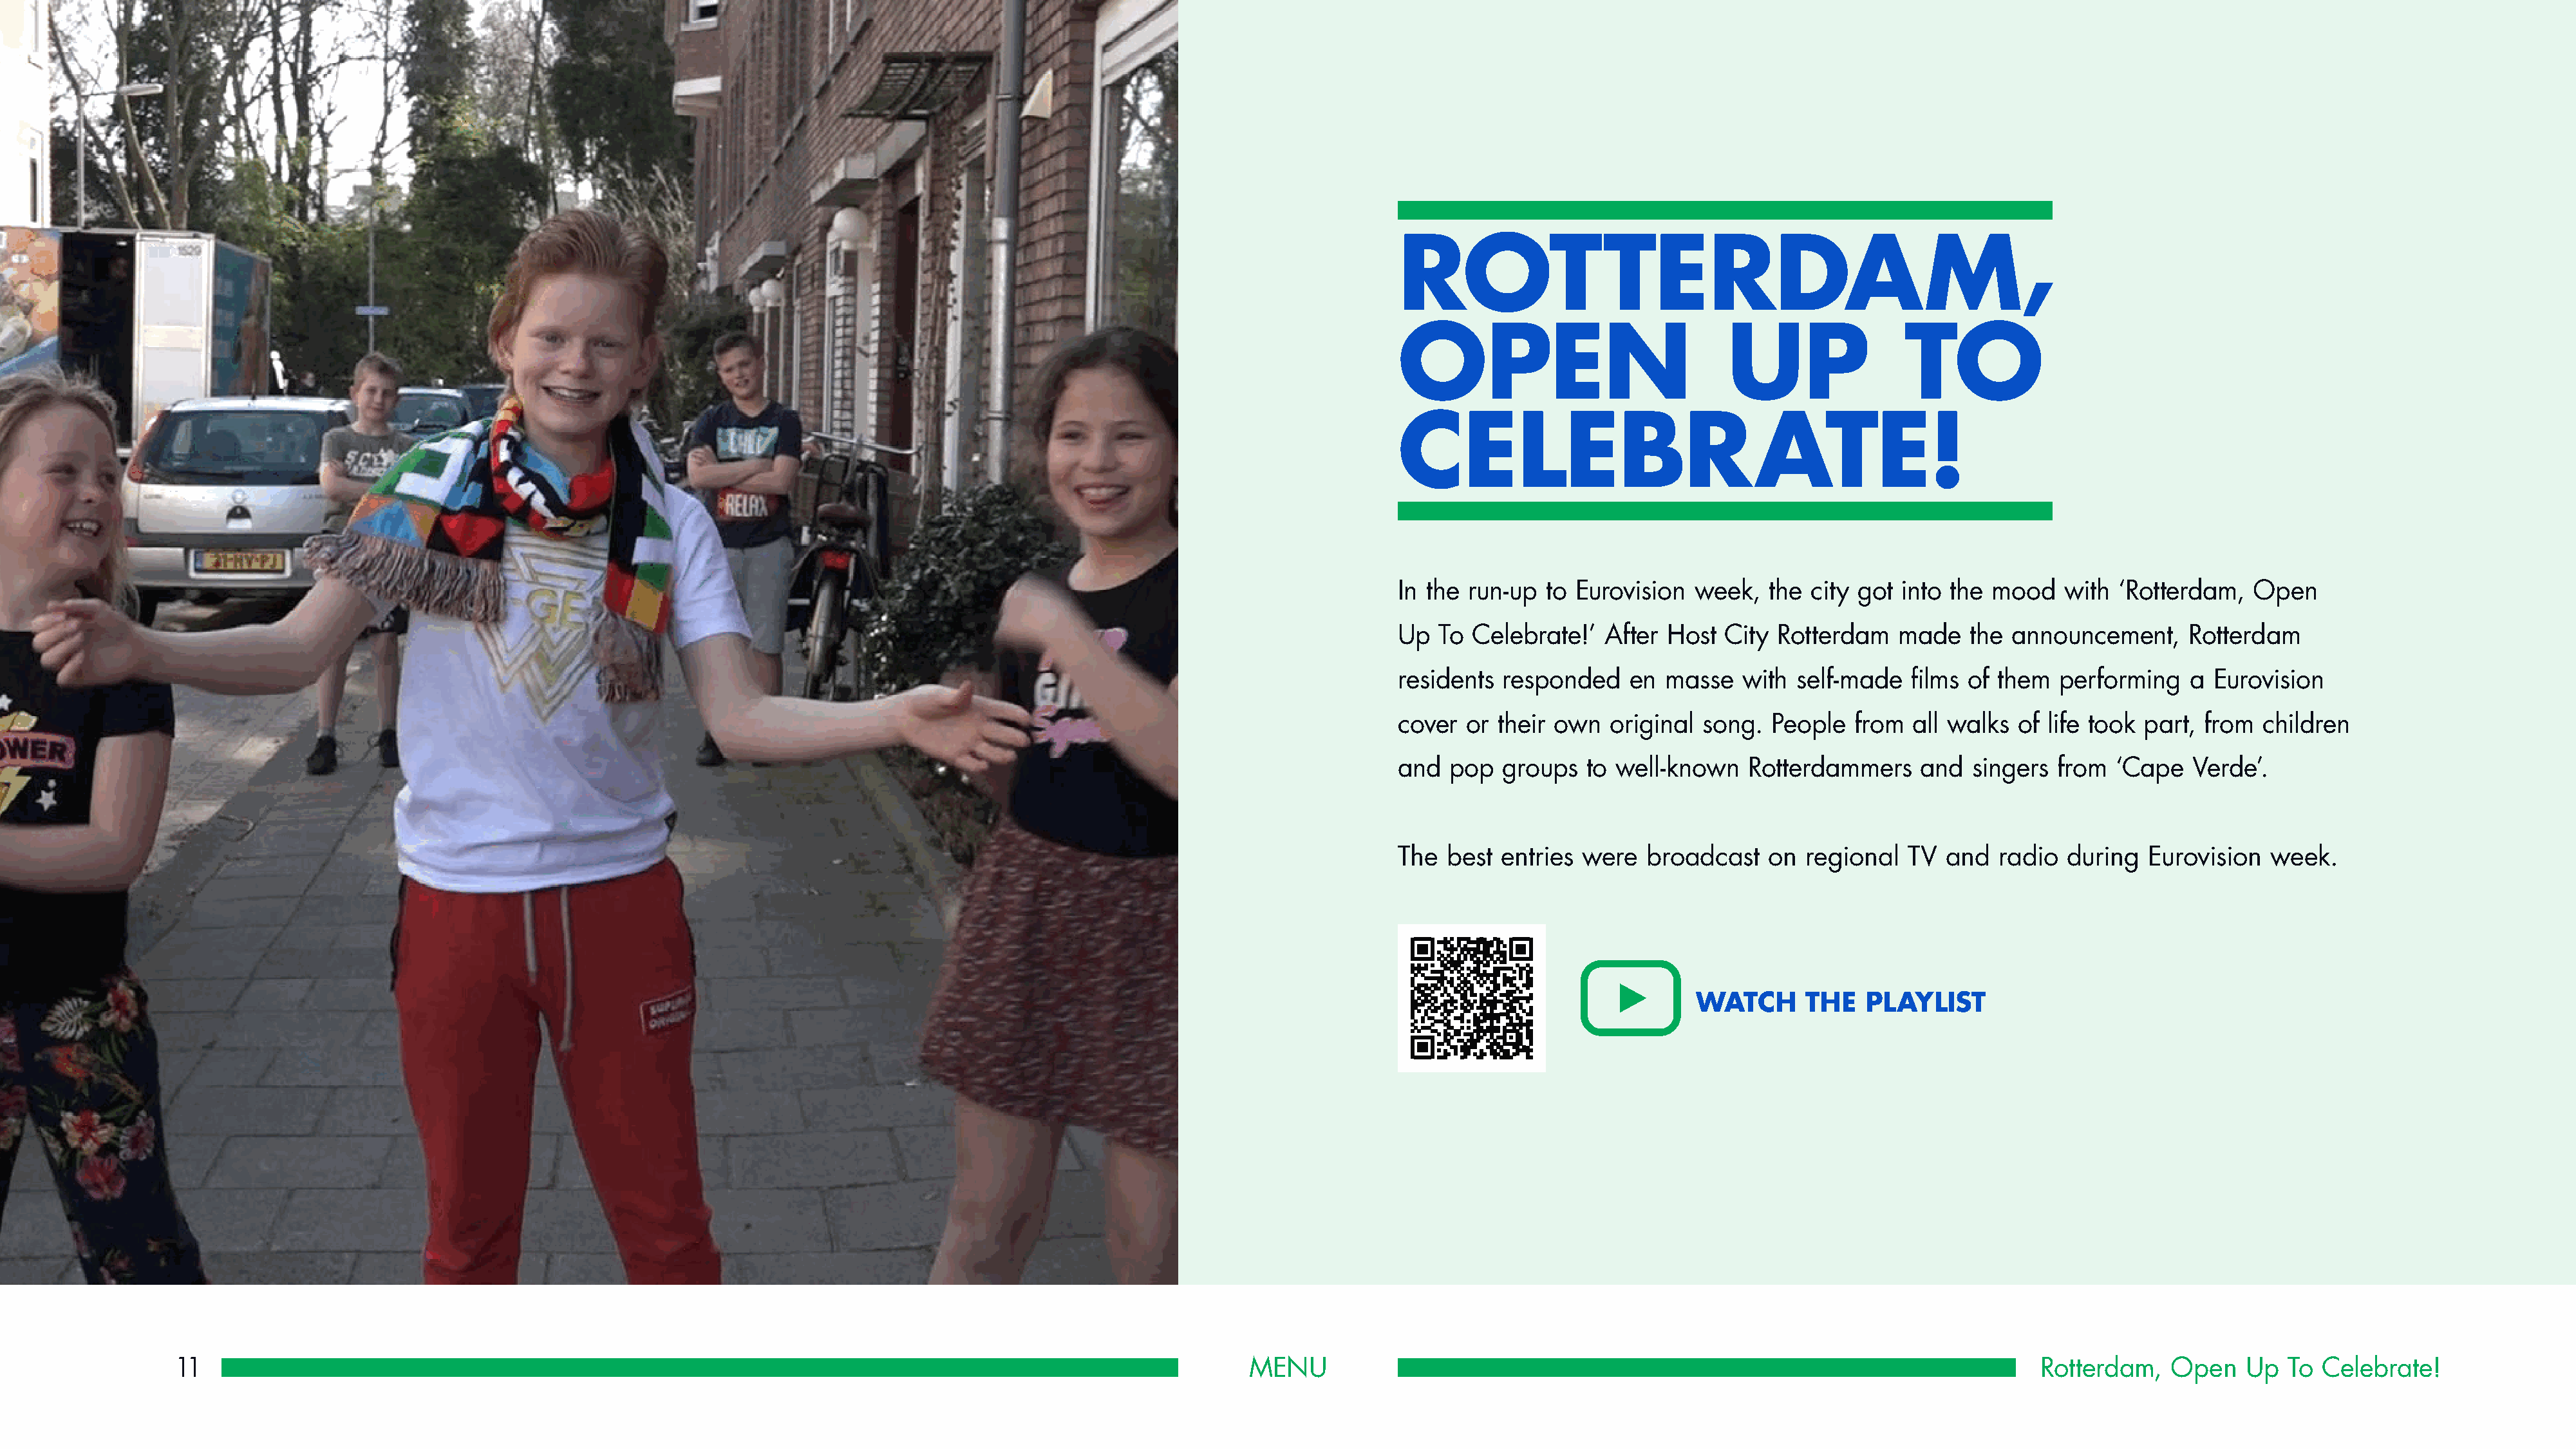
,
 ROTTERDAM
 OPEN                             UP                 TO
 CELEBRATE!
 In the run-up  to Eurovision  week,   the city got into  the mood   with  ‘Rotterdam,   Open
 Up  To Celebrate!’   After Host  City  Rotterdam   made    the announcement,     Rotterdam
 residents responded     en masse   with  self-made  films of them   performing   a  Eurovision
 cover  or their own   original song.  People   from  all walks of  life took part, from  children
 and  pop  groups   to well-known    Rotterdammers    and   singers  from  ‘Cape  Verde’.
 The  best entries  were  broadcast    on  regional  TV  and  radio   during  Eurovision  week.
 WATCH       THE   PLAYLIST
 11                                                                                                            MENU                                                                              Rotterdam,   Open    Up  To  Celebrate!